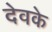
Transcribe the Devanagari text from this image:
देवके